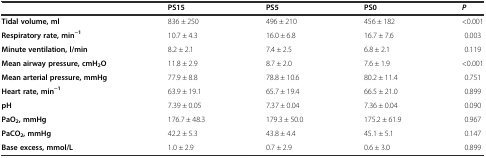
<table><thead><tr><td></td><td><b>PS15</b></td><td><b>PS5</b></td><td><b>PS0</b></td><td><b><i>P</i></b></td></tr></thead><tbody><tr><td><b>Tidal volume, ml</b></td><td>836 ± 250</td><td>496 ± 210</td><td>456 ± 182</td><td>&lt;0.001</td></tr><tr><td><b>Respiratory rate, min</b><sup><b>−1</b></sup></td><td>10.7 ± 4.3</td><td>16.0 ± 6.8</td><td>16.7 ± 7.6</td><td>0.003</td></tr><tr><td><b>Minute ventilation, l/min</b></td><td>8.2 ± 2.1</td><td>7.4 ± 2.5</td><td>6.8 ± 2.1</td><td>0.119</td></tr><tr><td><b>Mean airway pressure, cmH</b><sub><b>2</b></sub><b>O</b></td><td>11.8 ± 2.9</td><td>8.7 ± 2.0</td><td>7.6 ± 1.9</td><td>&lt;0.001</td></tr><tr><td><b>Mean arterial pressure, mmHg</b></td><td>77.9 ± 8.8</td><td>78.8 ± 10.6</td><td>80.2 ± 11.4</td><td>0.751</td></tr><tr><td><b>Heart rate, min</b><sup><b>−1</b></sup></td><td>63.9 ± 19.1</td><td>65.7 ± 19.4</td><td>66.5 ± 21.0</td><td>0.899</td></tr><tr><td><b>pH</b></td><td>7.39 ± 0.05</td><td>7.37 ± 0.04</td><td>7.36 ± 0.04</td><td>0.090</td></tr><tr><td><b>PaO</b><sub><b>2</b></sub><b>, mmHg</b></td><td>176.7 ± 48.3</td><td>179.3 ± 50.0</td><td>175.2 ± 61.9</td><td>0.967</td></tr><tr><td><b>PaCO</b><sub><b>2</b></sub><b>, mmHg</b></td><td>42.2 ± 5.3</td><td>43.8 ± 4.4</td><td>45.1 ± 5.1</td><td>0.147</td></tr><tr><td><b>Base excess, mmol/L</b></td><td>1.0 ± 2.9</td><td>0.7 ± 2.9</td><td>0.6 ± 3.0</td><td>0.899</td></tr></tbody></table>